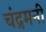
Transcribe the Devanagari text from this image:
चंद्रमनी